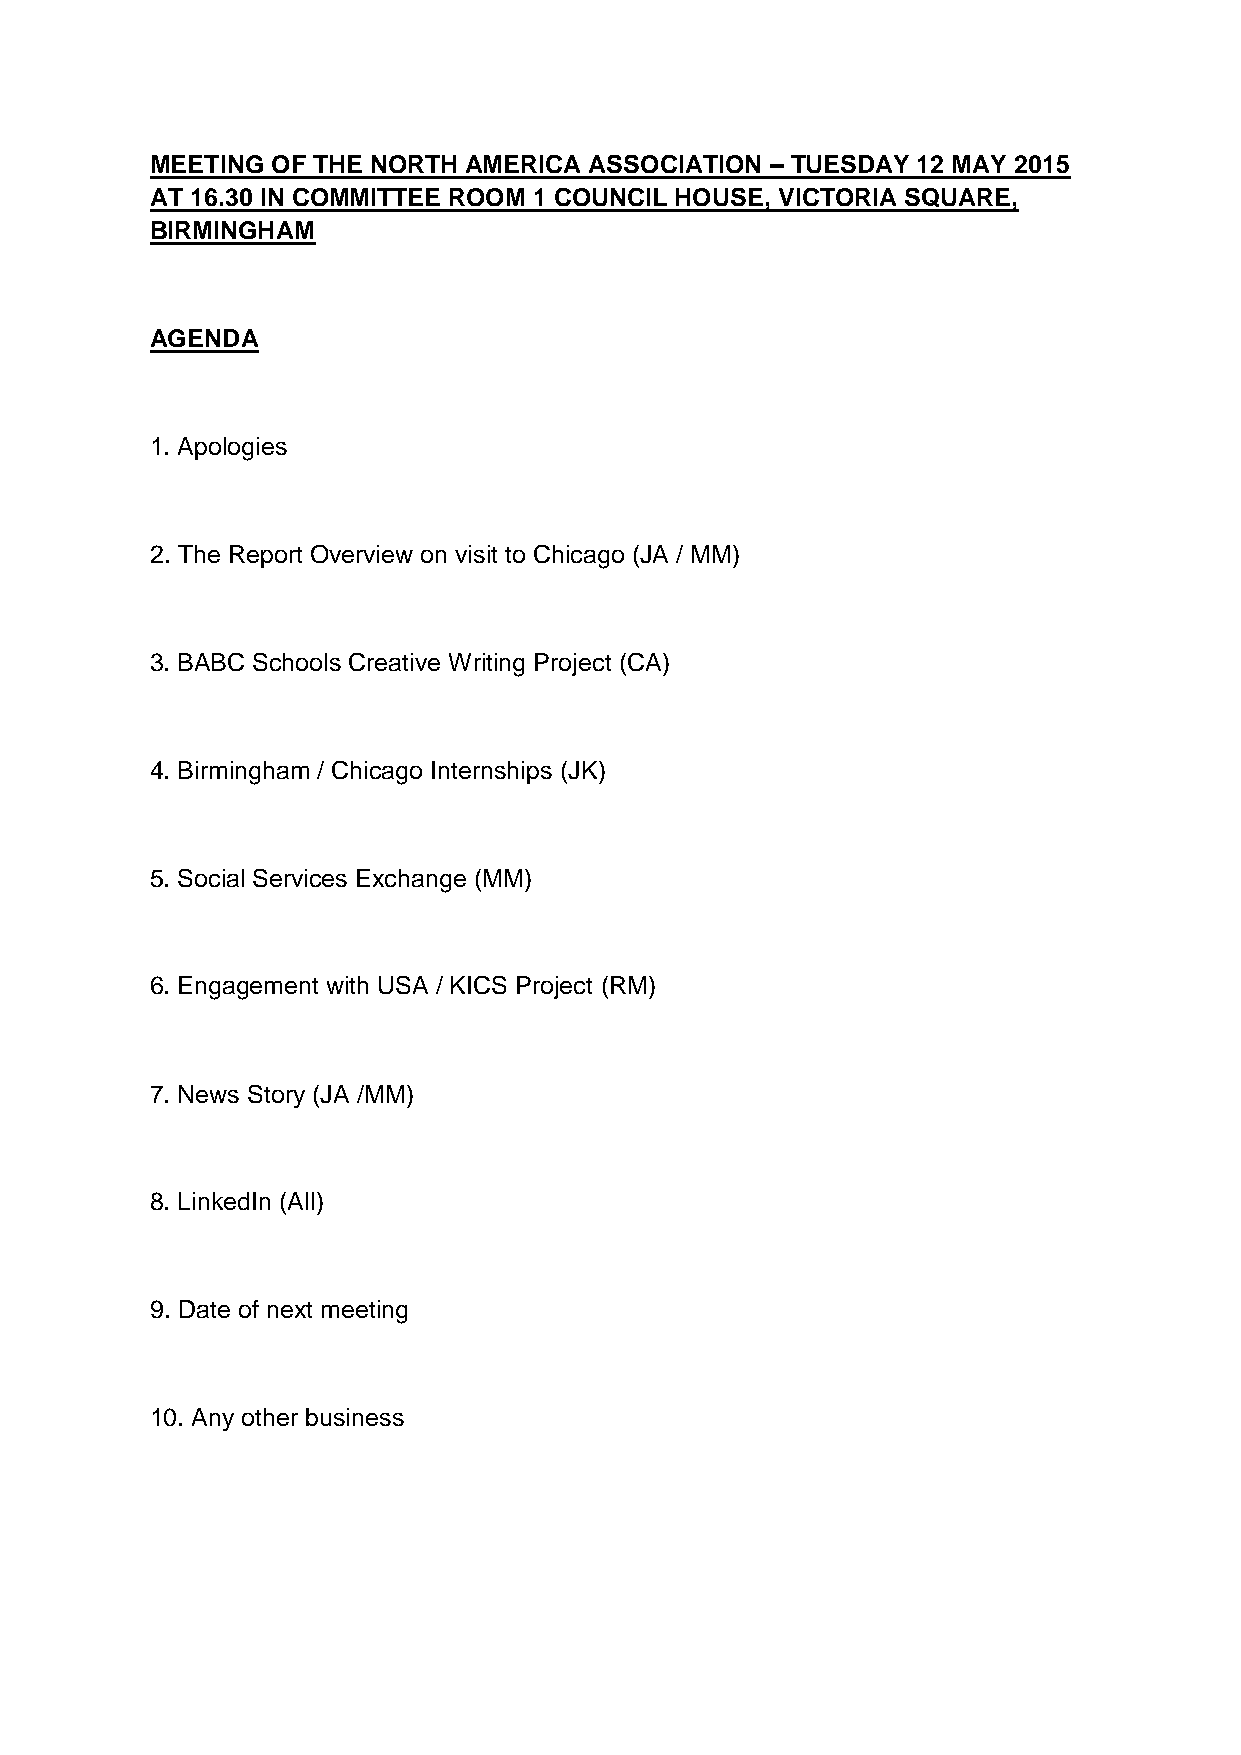
MEETING OF THE NORTH AMERICA ASSOCIATION – TUESDAY 12 MAY 2015
 AT 16.30 IN COMMITTEE ROOM 1 COUNCIL HOUSE, VICTORIA SQUARE,
 BIRMINGHAM
 AGENDA
 1. Apologies
 2. The Report Overview on visit to Chicago (JA / MM)
 3. BABC Schools Creative Writing Project (CA)
 4. Birmingham / Chicago Internships (JK)
 5. Social Services Exchange (MM)
 6. Engagement with USA / KICS Project (RM)
 7. News Story (JA /MM)
 8. LinkedIn (All)
 9. Date of next meeting
 10. Any other business